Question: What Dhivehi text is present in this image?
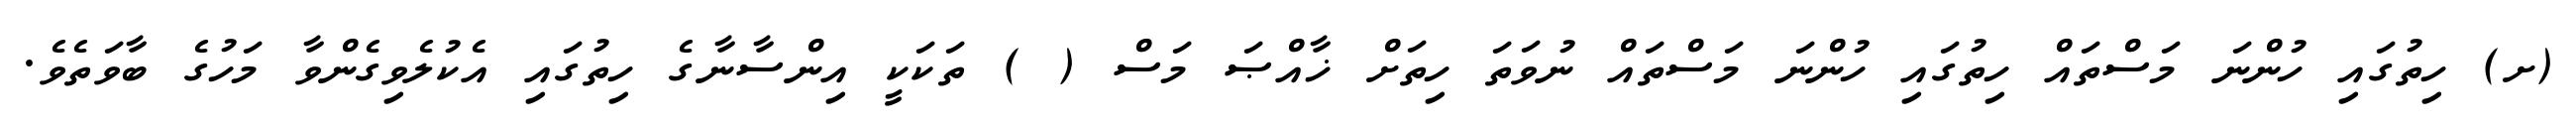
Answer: (ށ) ހިތުގައި ހުންނަ މަސްތައް ހިތުގައި ހުންނަ މަސްތައް ނުވަތަ ހިތަށް ޚާއްޞަ މަސް ( ) ތަކަކީ އިންސާނާގެ ހިތުގައި އެކުލެވިގެންވާ މަހުގެ ބާވަތެވެ.